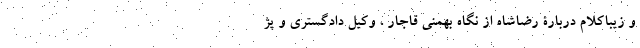
و زیباکلام دربارۀ رضاشاه از نگاه بهمنی قاجار ، وکیل دادگستری و پژ